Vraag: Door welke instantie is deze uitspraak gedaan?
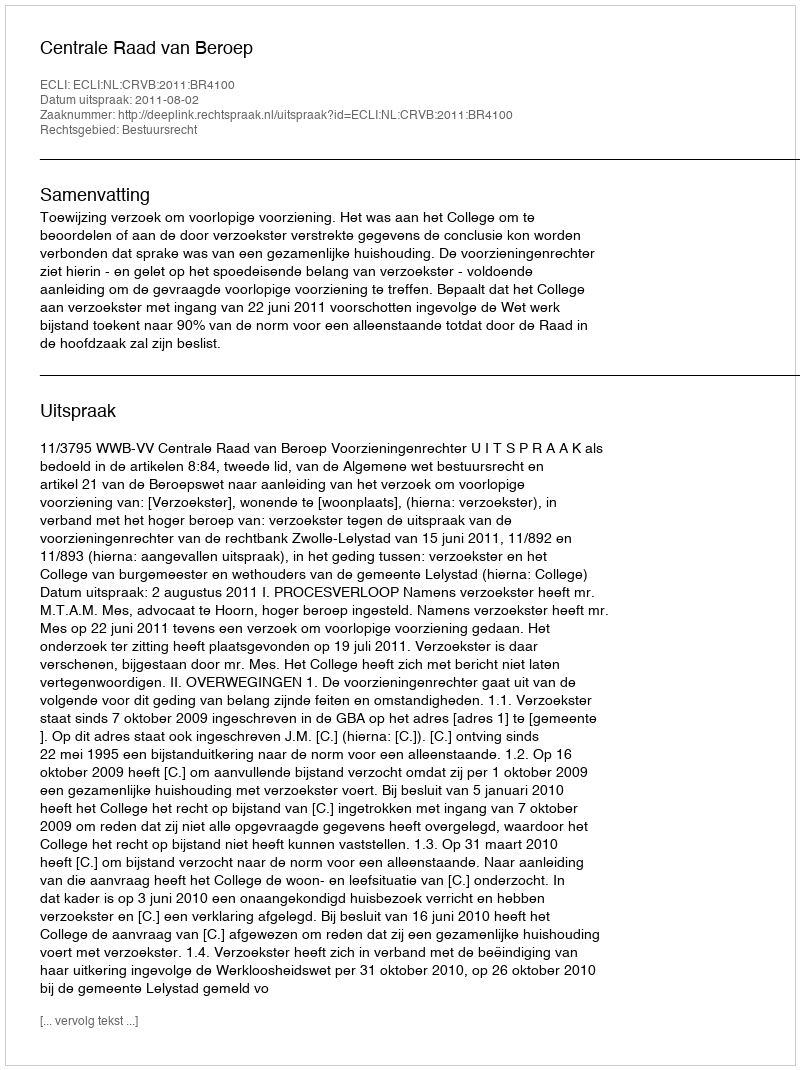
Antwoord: Centrale Raad van Beroep